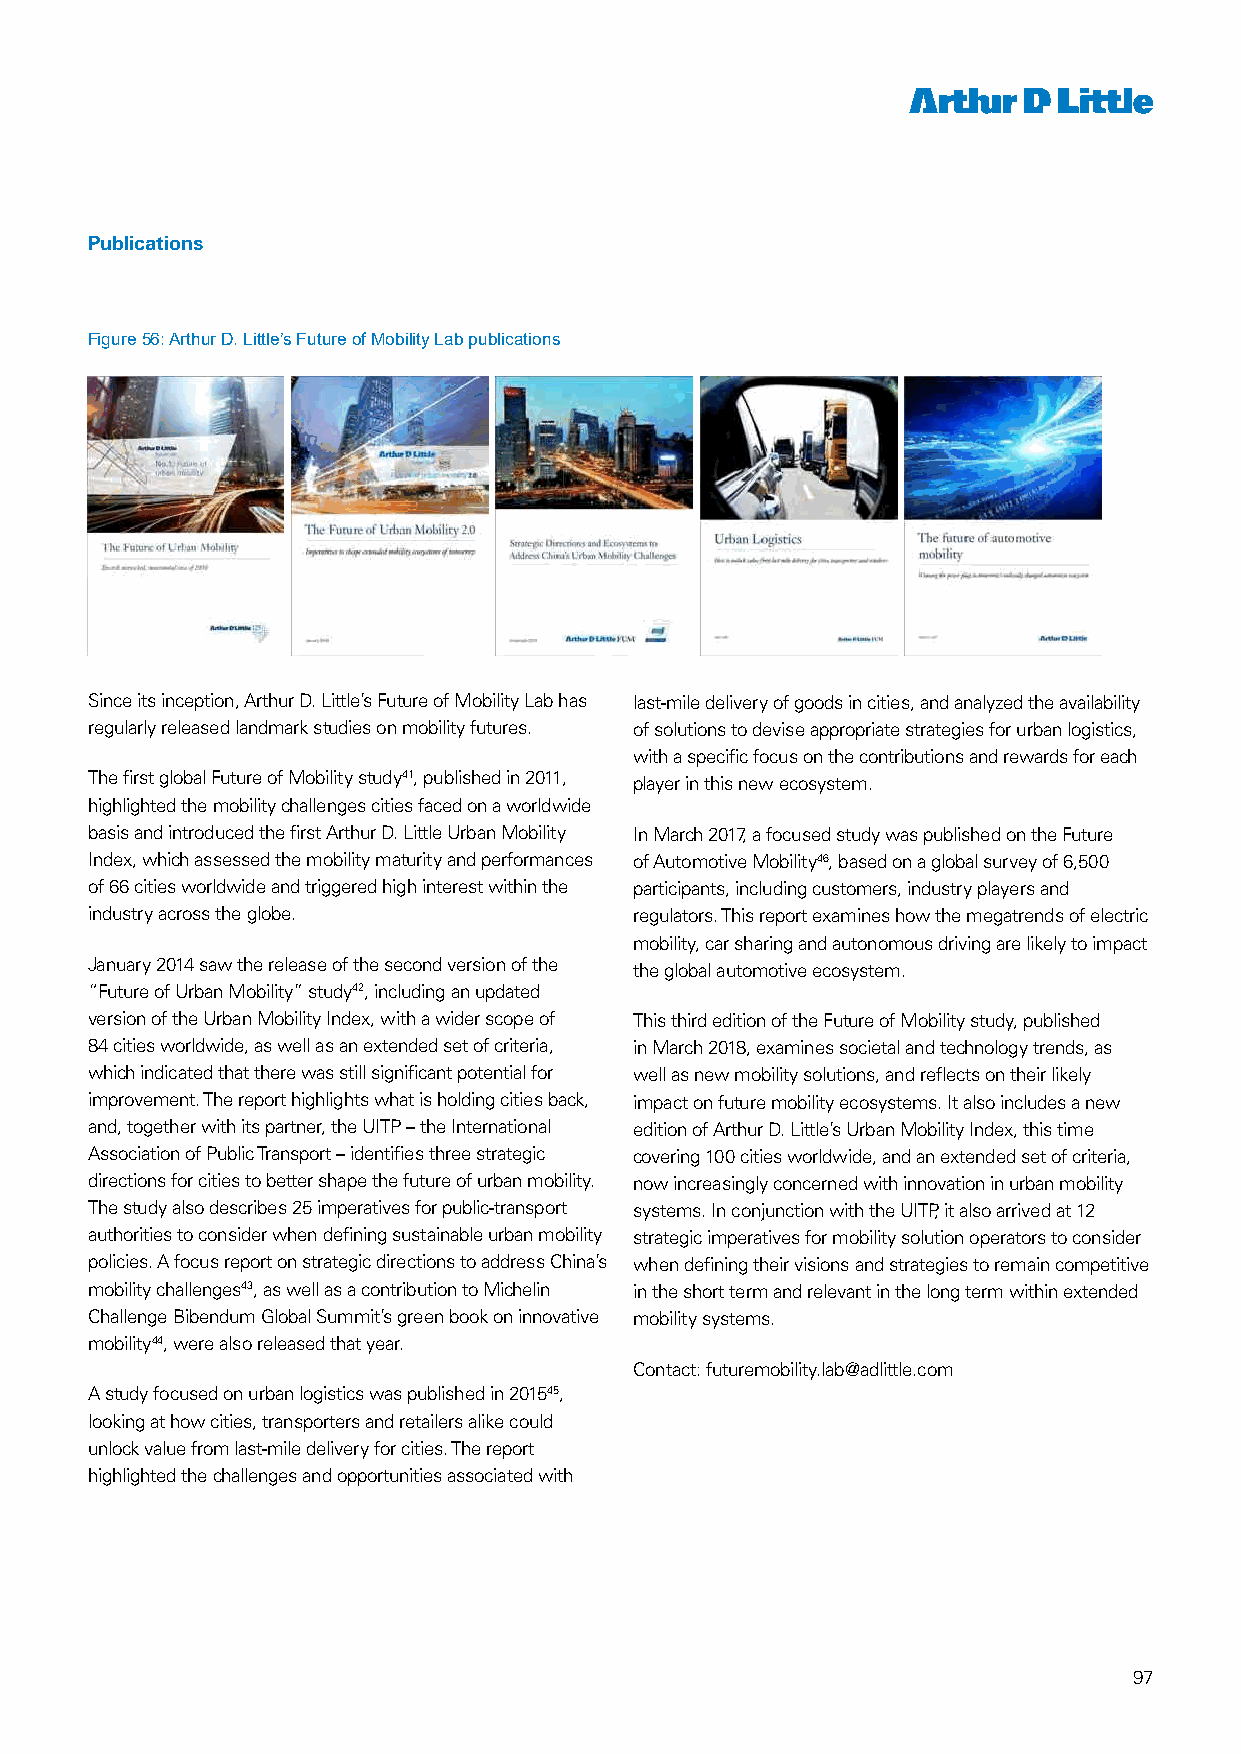
Publications
 Figure 56: Arthur D. Little’s Future of Mobility Lab publications
 Figure 56: Arthur D. Little’s Future of Mobility Lab publications
 Since its inception, Arthur D. Little’s Future of Mobility Lab has last-mile delivery of goods in cities, and analyzed the availability
 regularly released landmark studies on mobility futures. of solutions to devise appropriate strategies for urban logistics,
 with a specific focus on the contributions and rewards for each
 The first global Future of Mobility study41, published in 2011, player in this new ecosystem.
 highlighted the mobility challenges cities faced on a worldwide
 basis and introduced the first Arthur D. Little Urban Mobility In March 2017, a focused study was published on the Future
 Index, which assessed the mobility maturity and performances of Automotive Mobility46, based on a global survey of 6,500
 of 66 cities worldwide and triggered high interest within the participants, including customers, industry players and
 industry across the globe.          regulators. This report examines how the megatrends of electric
 mobility, car sharing and autonomous driving are likely to impact
 January 2014 saw the release of the second version of the the global automotive ecosystem.
 “Future of Urban Mobility” study42, including an updated
 version of the Urban Mobility Index, with a wider scope of This third edition of the Future of Mobility study, published
 57
 84 cities worldwide, as well as an extended set of criteria, in March 2018, examines societal and technology trends, as
 57
 which indicated that there was still significant potential for well as new mobility solutions, and reflects on their likely
 improvement. The report highlights what is holding cities back, impact on future mobility ecosystems. It also includes a new
 and, together with its partner, the UITP – the International edition of Arthur D. Little’s Urban Mobility Index, this time
 Association of Public Transport – identifies three strategic covering 100 cities worldwide, and an extended set of criteria,
 directions for cities to better shape the future of urban mobility. now increasingly concerned with innovation in urban mobility
 The study also describes 25 imperatives for public-transport systems. In conjunction with the UITP, it also arrived at 12
 authorities to consider when defining sustainable urban mobility strategic imperatives for mobility solution operators to consider
 policies. A focus report on strategic directions to address China’s when defining their visions and strategies to remain competitive
 mobility challenges43, as well as a contribution to Michelin in the short term and relevant in the long term within extended
 Challenge Bibendum Global Summit’s green book on innovative mobility systems.
 mobility44, were also released that year.
 Contact: futuremobility.lab@adlittle.com
 A study focused on urban logistics was published in 201545,
 looking at how cities, transporters and retailers alike could
 unlock value from last-mile delivery for cities. The report
 highlighted the challenges and opportunities associated with
 97